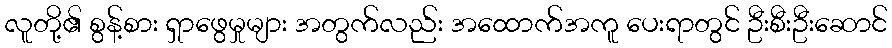
လူတို့၏ စွန့်စား ရှာဖွေမှုများ အတွက်လည်း အထောက်အကူ ပေးရာတွင် ဦးစီးဦးဆောင်